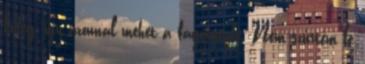
hideg, így azonnal mehet a fagyigépbe. Nem szűrtem le